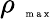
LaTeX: \rho_{\mathrm{~\tiny~{~m~a~x~}~}}